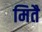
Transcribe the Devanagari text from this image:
मितै